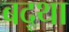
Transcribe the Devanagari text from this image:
बद्था